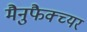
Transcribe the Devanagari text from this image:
मैनुफैक्च्यर